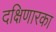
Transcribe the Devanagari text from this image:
दक्षिणारका